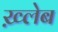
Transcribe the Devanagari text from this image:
ख़्लेब